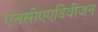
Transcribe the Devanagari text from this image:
एनसीएएडिवीजन